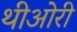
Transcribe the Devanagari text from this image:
थीओरी